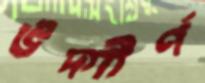
উদ্‌গীর্ণ